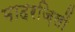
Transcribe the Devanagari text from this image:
मादरज़िलों